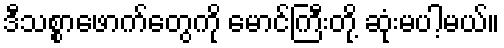
ဒီသစ္စာဖောက်တွေကို မောင်ကြီးတို့ ဆုံးမပါ့မယ်။